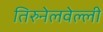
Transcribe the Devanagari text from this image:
तिरुनेलवेल्ली